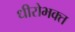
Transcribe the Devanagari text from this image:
धीरोभक्त